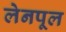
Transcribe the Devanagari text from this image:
लेनपूल